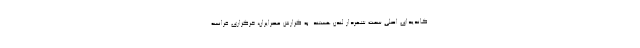
کاندیدای اصلی سمت شهردار لندن هستند. به گزارش عصرایران، خرگزاری فرانسه